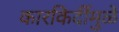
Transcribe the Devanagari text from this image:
कारकिर्दीमुळे